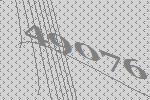
49076